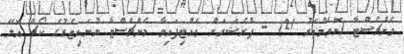
މެންޗެސްޓާ (ނޮވެމްބަރު 21) - ޕްރެޝަރަށް ވެއްޓިފައިވާ މެންޗެސްޓާ ޔުނައިޓެޑުގެ ކޯޗް އޮލޭ